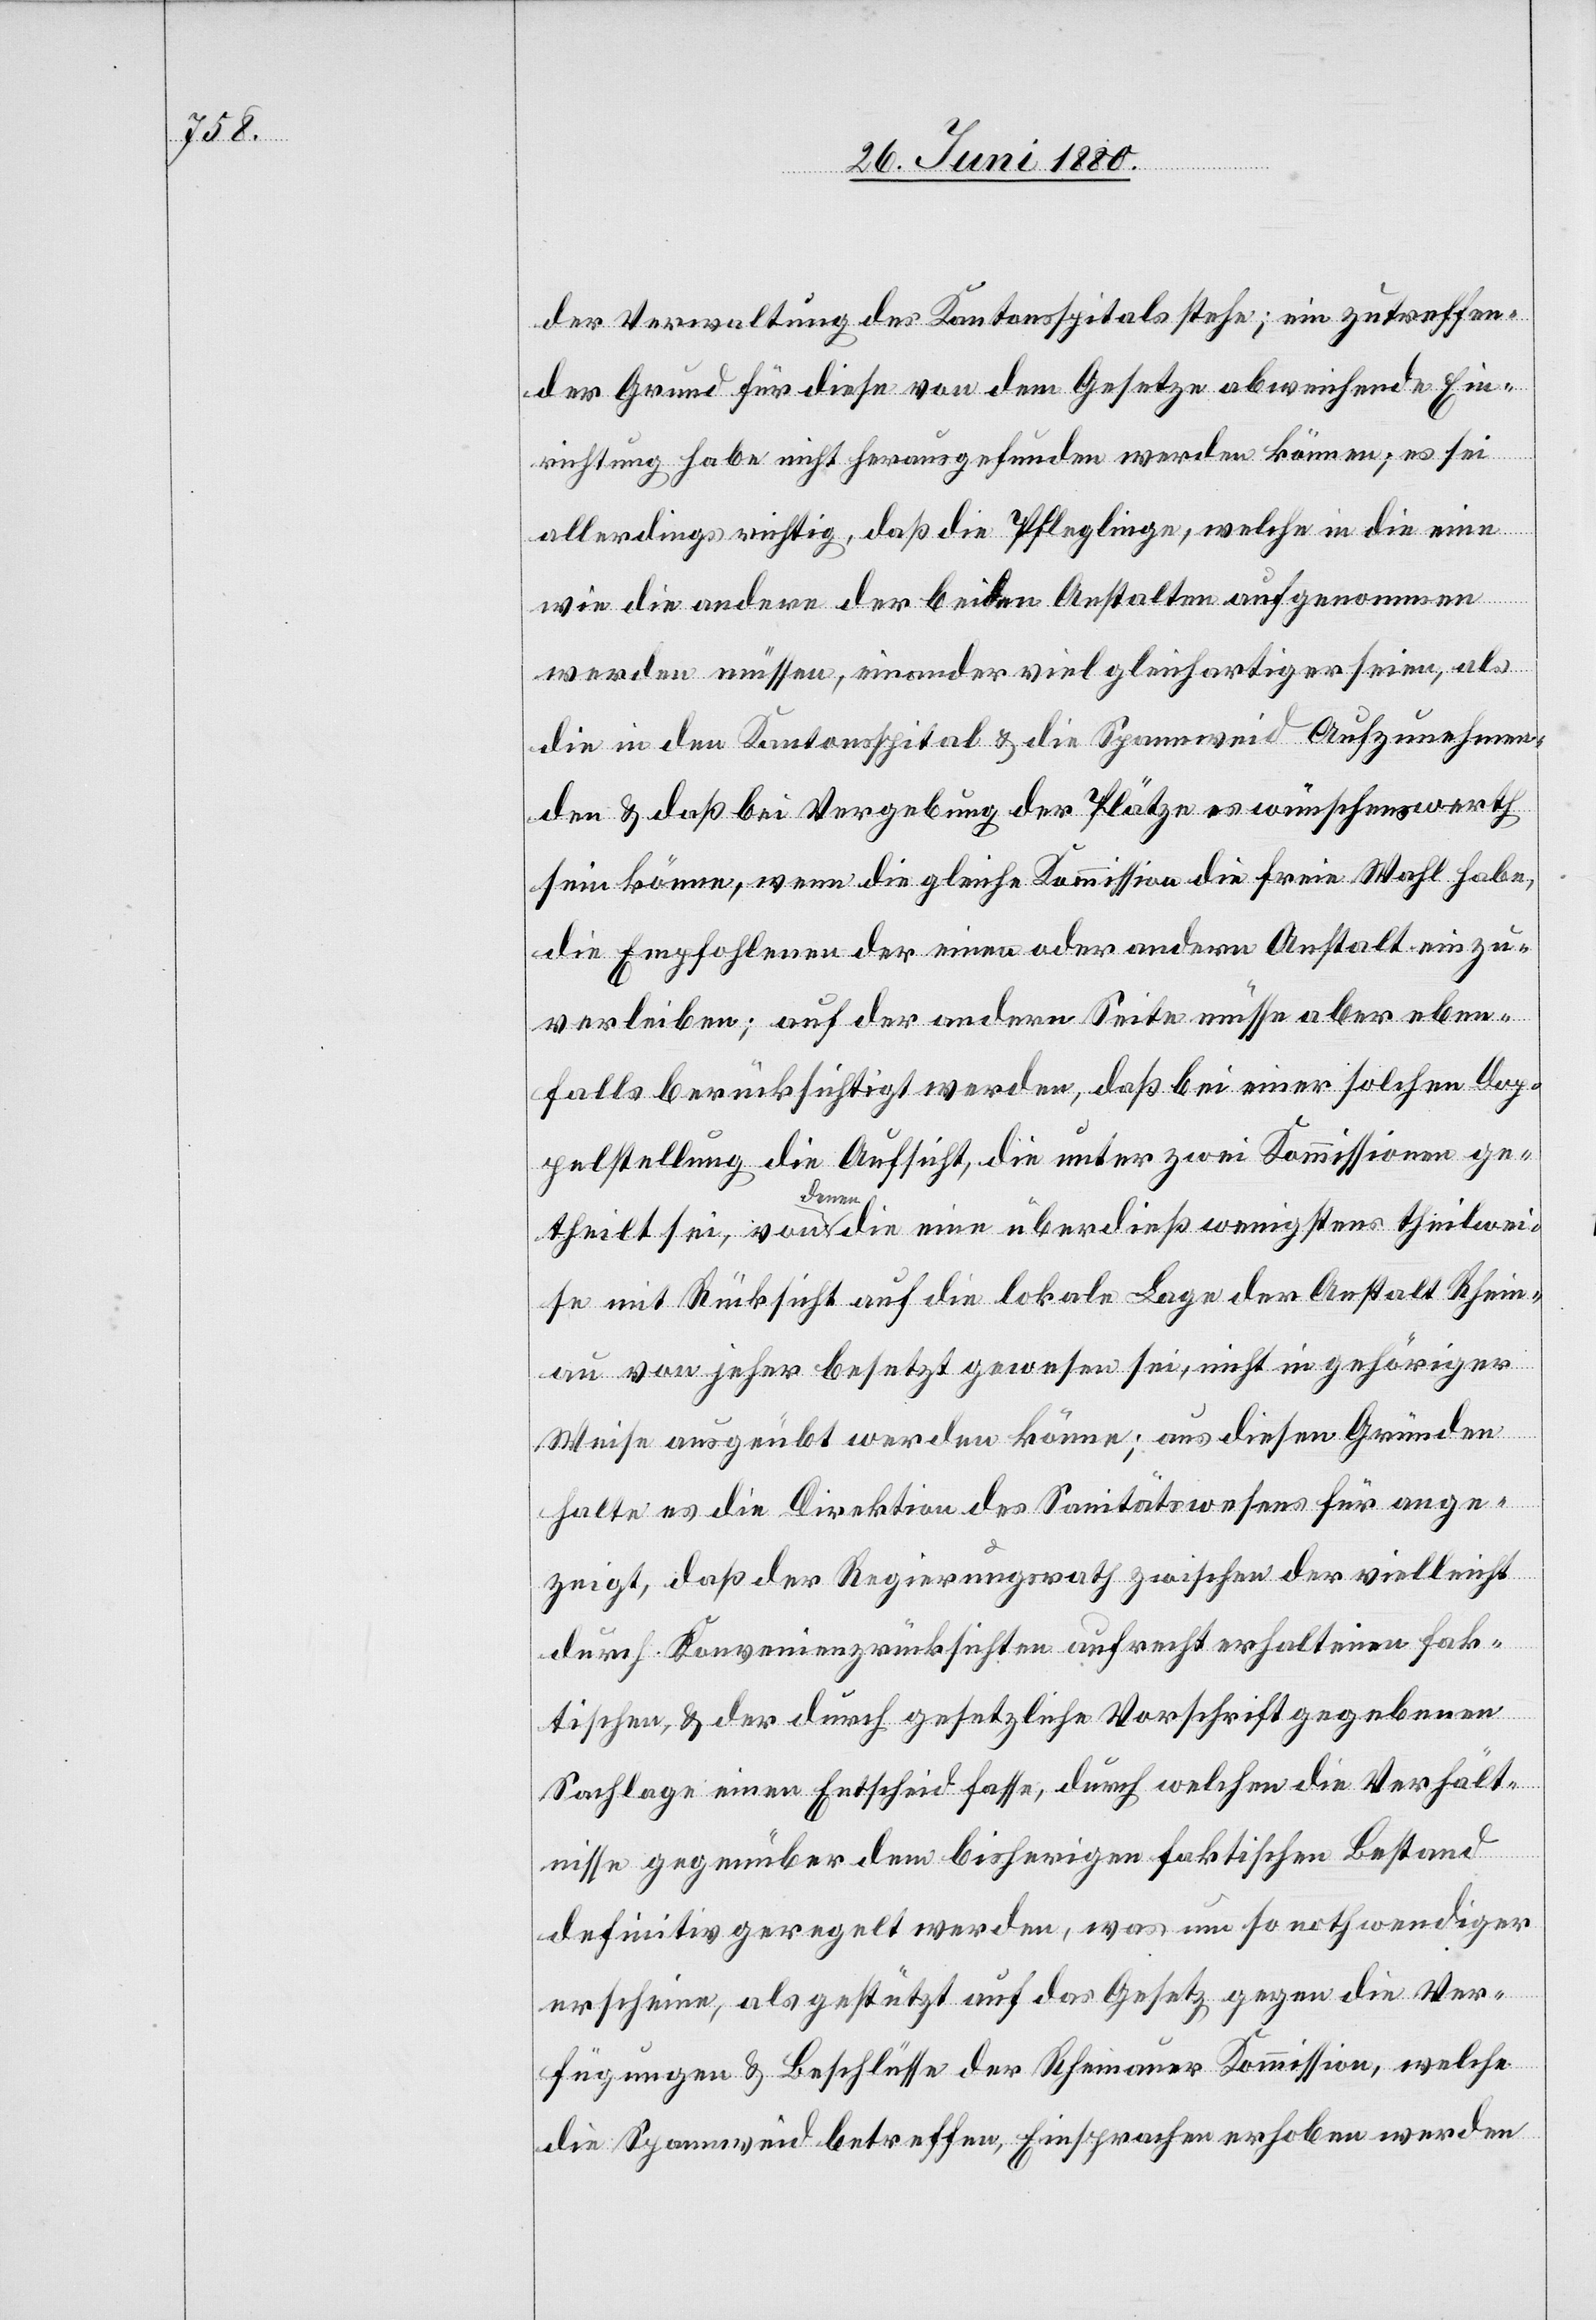
der Verwaltung des Kantonsspitals stehe; ein zutreffen¬
der Grund für diese von dem Gesetze abweichende Ein¬
richtung habe nicht herausgefunden werden können; es sei
allerdings richtig, daß die Pfleglinge, welche in die eine
wie die andere der beiden Anstalten aufgenommen
werden müssen, einander viel gleichartiger seien, als
die in den Kantonsspital & die Spannweid Aufzunehmen¬
den & daß bei Vergebung der Plätze es wünschenswerth
sein könne, wenn die gleiche Kommission die freie Wahl habe,
die Empfohlenen der einen oder andern Anstalt einzu¬
verleiben; auf der andern Seite müsse aber eben¬
falls berücksichtigt werden, daß bei einer solchen Dop¬
pelstellung die Aufsicht, die unter zwei Kommissionen ge¬
theilt sei, von denen die eine überdieß wenigstens theilwei¬
se mit Rücksicht auf die lokale Lage der Anstalt Rhein¬
au von jeher besetzt gewesen sei, nicht in gehöriger
weise ausgeübt werden könne; aus diesen Gründen
halte es die Direktion des Sanitätswesens für ange¬
zeigt, daß der Regierungsrath zwischen der vielleicht
durch Kovenienzrücksichten aufrecht erhaltenen fak¬
tischen, & der durch gesetzliche Vorschriften gegebenen
Sachlage einen Entscheid fasse, durch welchen die Verhält¬
nisse gegenüber dem bisherigen faktischen Bestand
definitiv geregelt werden, was um so nothwendiger
erscheine, als gestützt auf das Gesetz gegen die Ver¬
fügungen & Beschlüsse der Rheinauer Kommission, welche
die Spannweid betreffen, Einsprachen erhoben werden